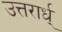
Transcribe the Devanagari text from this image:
उत्तरार्ध्